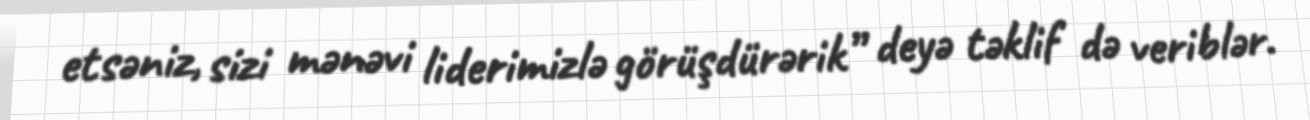
etsəniz, sizi mənəvi liderimizlə görüşdürərik” deyə təklif də veriblər.